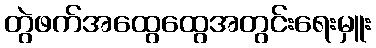
တွဲဖက်အထွေထွေအတွင်းရေးမှူး